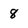
Character: 8